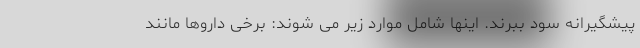
پیشگیرانه سود ببرند. اینها شامل موارد زیر می شوند: برخی داروها مانند